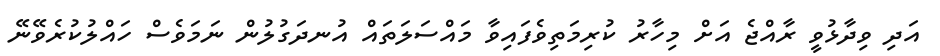
އަދި ވިދާޅުވީ ރާއްޖެ އަށް މިހާރު ކުރިމަތިވެފައިވާ މައްސަލަތައް އުނދަގުލުން ނަމަވެސް ހައްލުކުރެވޭނޭ